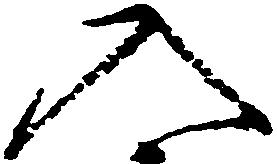
入